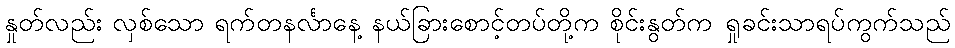
နှုတ်လည်း လှစ်သော ရက်တနင်္လာနေ့ နယ်ခြားစောင့်တပ်တို့က စိုင်းနွတ်က ရှုခင်းသာရပ်ကွက်သည်